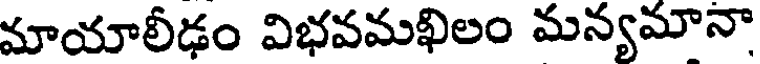
మాయాలీఢం విభవమఖిలం మన్యమానా